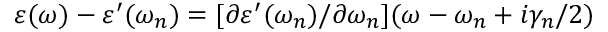
\varepsilon ( \omega ) - \varepsilon ^ { \prime } ( \omega _ { n } ) = [ \partial \varepsilon ^ { \prime } ( \omega _ { n } ) / \partial \omega _ { n } ] ( \omega - \omega _ { n } + i \gamma _ { n } / 2 )